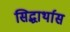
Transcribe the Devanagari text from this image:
सिद्धार्थास